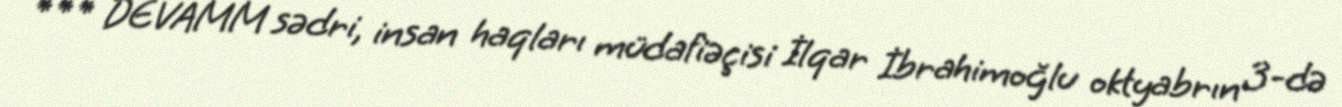
*** DEVAMM sədri, insan haqları müdafiəçisi İlqar İbrahimoğlu oktyabrın 3-də